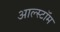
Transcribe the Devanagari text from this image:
आल्स्टॉम